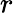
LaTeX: r